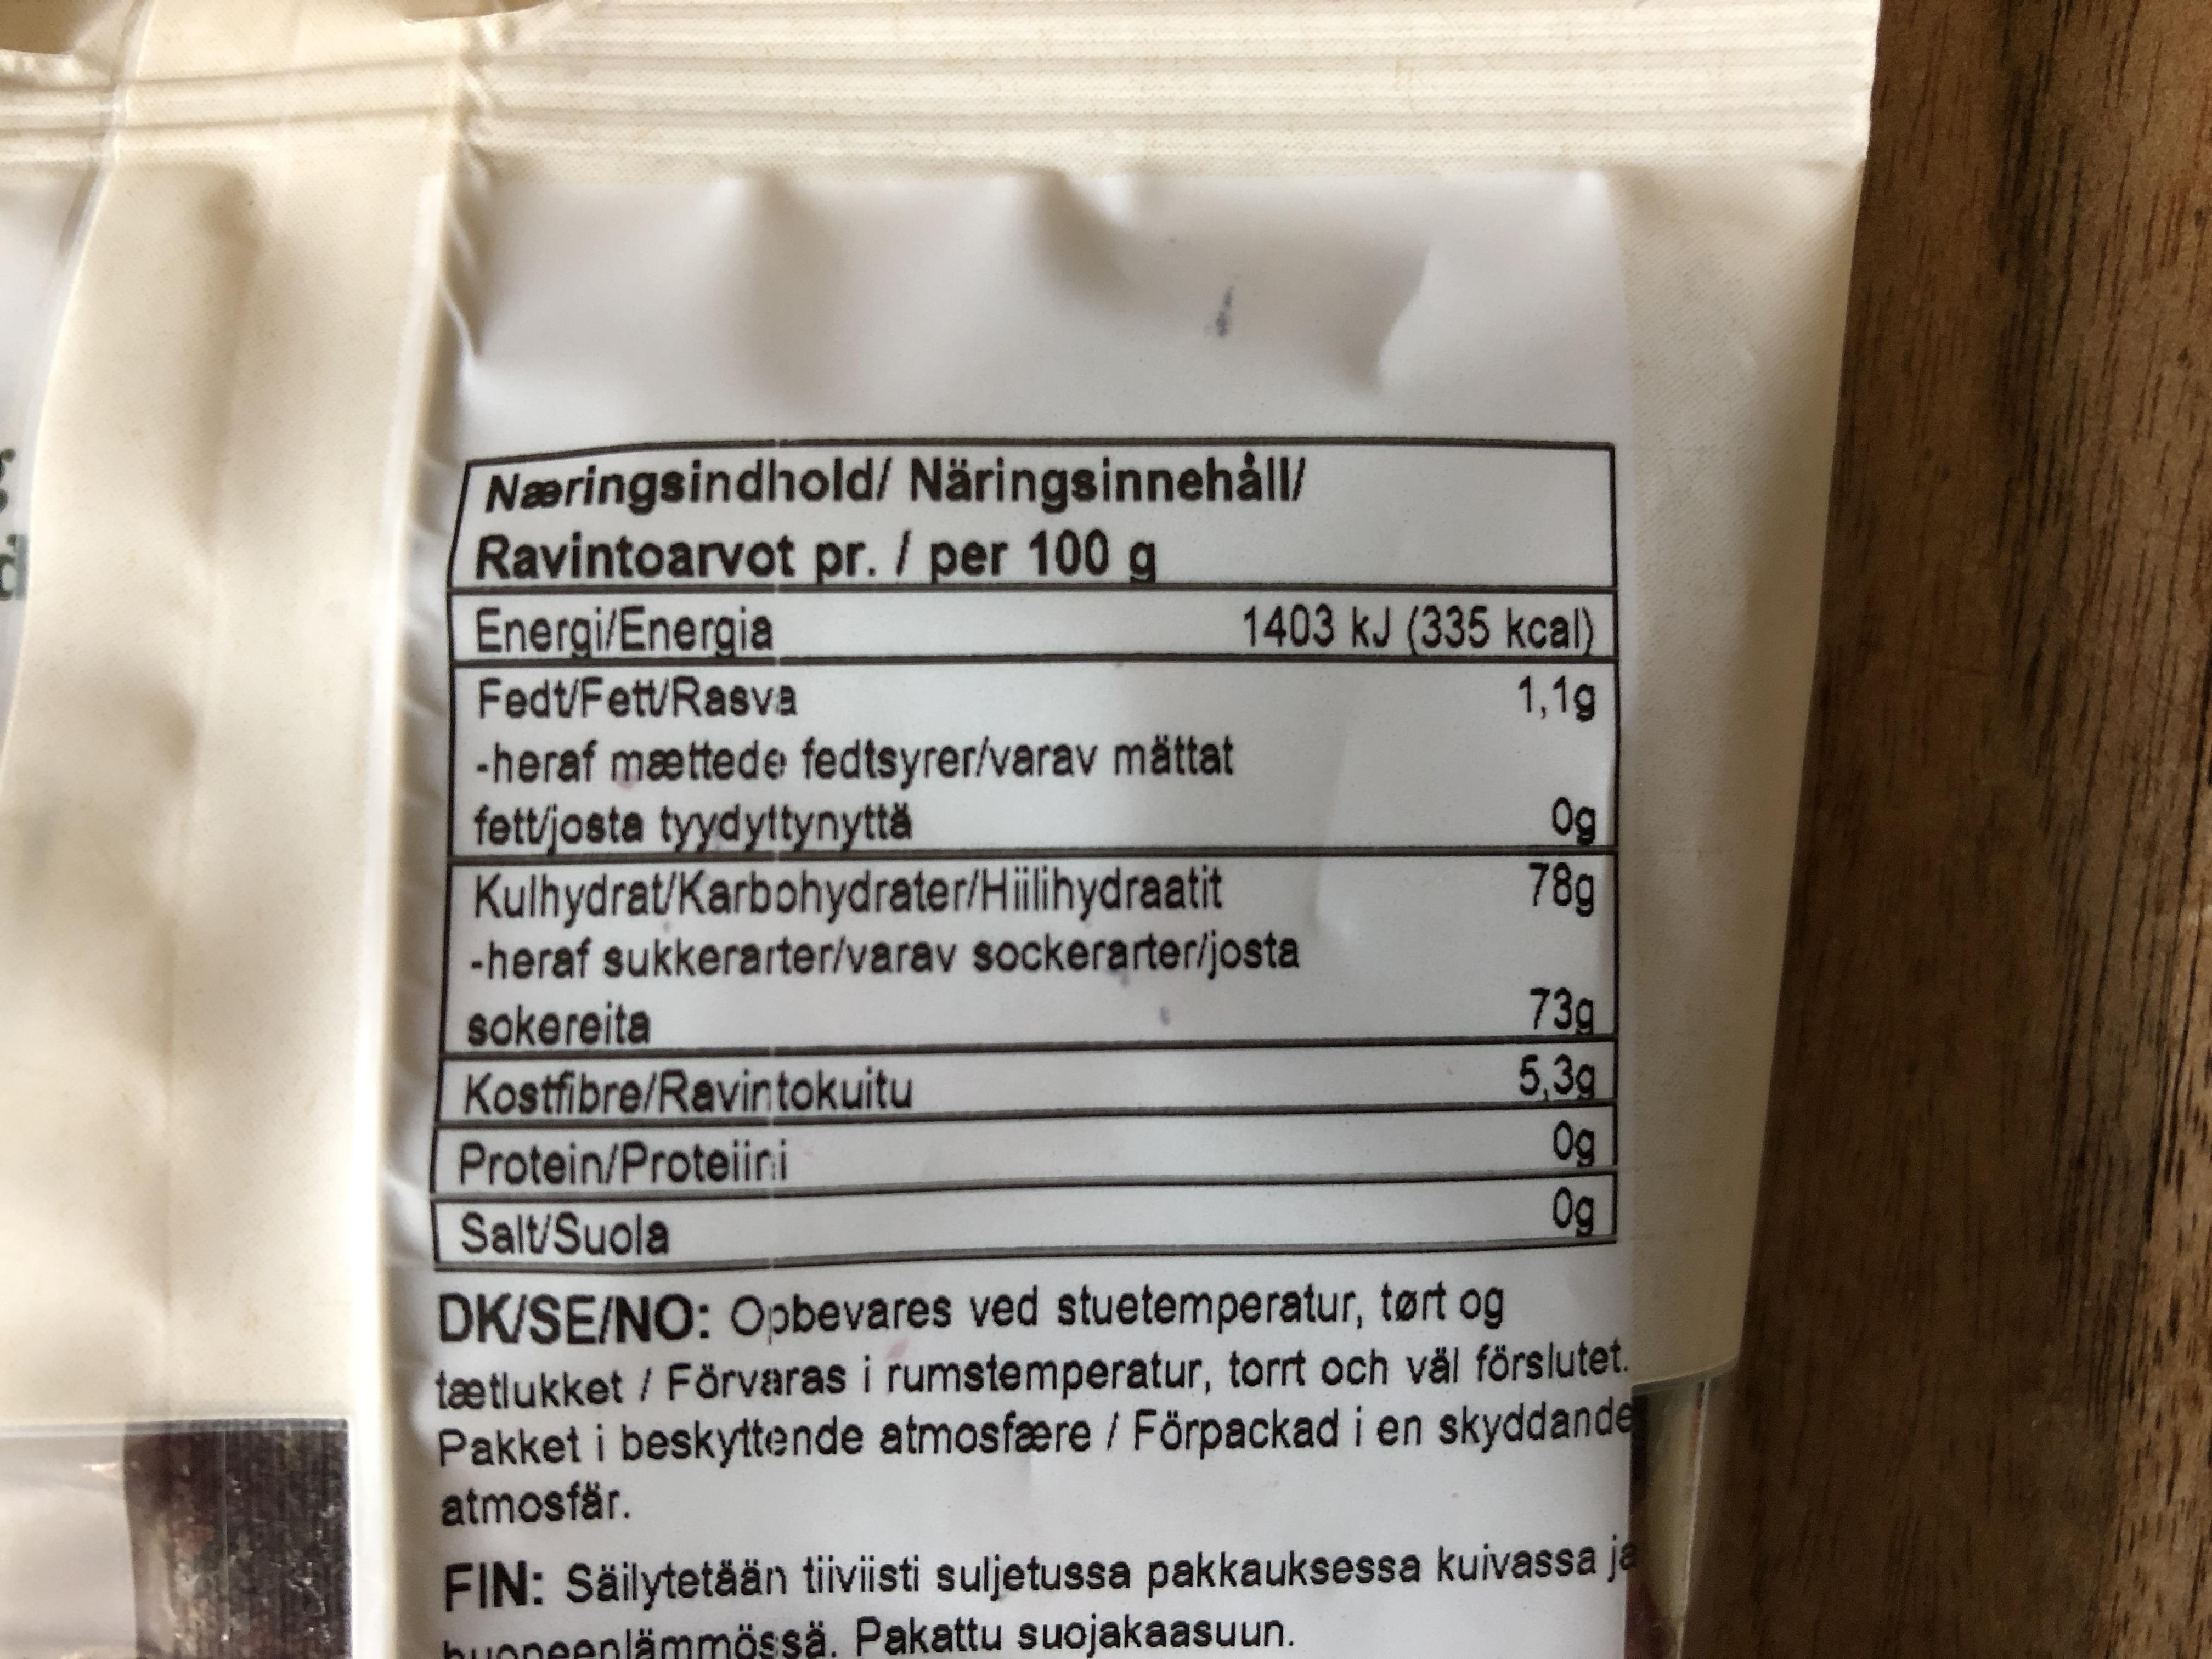
Næringsindhold/ Näringsinnehåll/ Ravintoarvot pr. / per 100 g Energi/Energia Fedt/Fett/Rasva -heraf mættede fedtsyrer/varav mättat fett/josta tyydyttynyttä Kulhydrat/Karbohydrater/Hillihydraatit -heraf sukkerarter/varav sockerarter/josta sokereita Kostfibre/Ravintokuitu Protein/Proteiini
1403 kJ (335 kcal)
1,1g
0g
78g
73g 5,3g 0g 0g
Salt/Suola
DK/SE/NO: Oobevares ved stuetemperatur, tørt og tætlukket / Förvaras i rumstemperatur, torrt och väl förslutet. Pakket i beskyttende atmosfære / Förpackad i en skyddande atmosfär.
FIN: Säilytetään tiiviisti suljetussa pakkauksessa kuivassa ja buoneenlämmössä. Pakattu suojakaasuun.